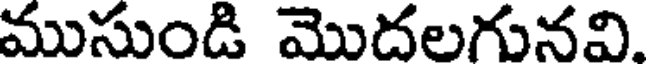
ముసుండి మొదలగునవి.